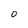
Character: O